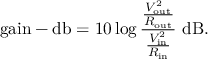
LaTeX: { \mathrm { g a i n - d b } } = 1 0 \log { \frac { \frac { V _ { \mathrm { o u t } } ^ { 2 } } { R _ { \mathrm { o u t } } } } { \frac { V _ { \mathrm { i n } } ^ { 2 } } { R _ { \mathrm { i n } } } } } ~ \mathrm { d B } .